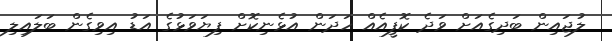
ލުޖައިން ބަދިގެއަށް ވަދެ ކޮފީއެއް ހަދަން އުޅެނިކޮށް ފިޔަވަޅުގެ އަޑު އިވިގެން ބަލައިލި